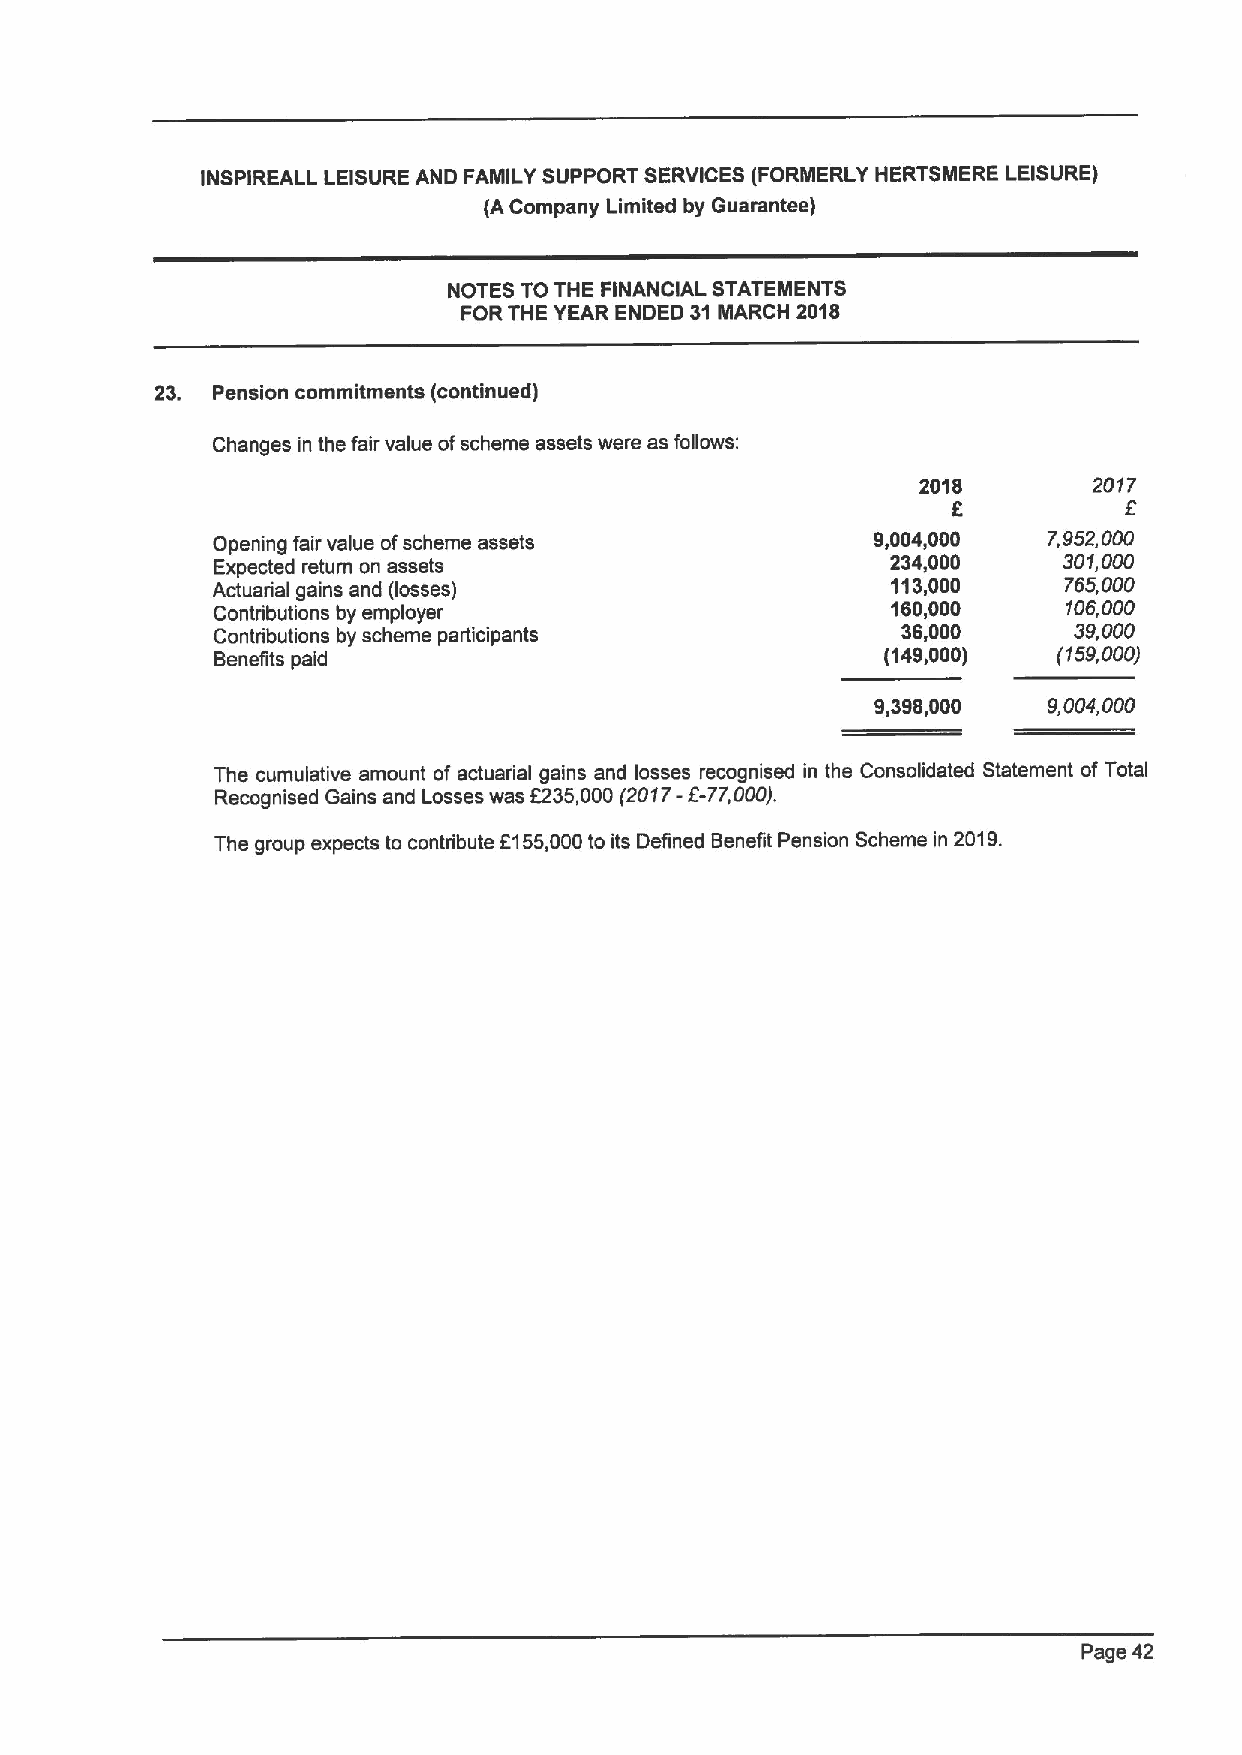
INSPIREALL LEISURE AND FAMILY SUPPORT SERVICES (FORNIERLY HERTSMERE LEISURE)
 (ACompany Limited by Guarantee)
 NOTES TOTHE FINANCIAL STATEMENTS
 FORTHE YEAR ENDED 31MARCH 2018
 23. Pension commitments (continued)
 Changes in the fair value ofscheme assets were as follows;
 2018       2017
 Opening fair value ofscheme assets          9,004,000  7,952,000
 Expected return on assets                    234,000    301,000
 Actuarial gains and (losses)                 113,000    765,000
 Contributions by employer
 160,000     106,000
 Contributions by scheme participants          36,000     39,000
 Benefits paid                                (149,000)  (159,000)
 9,396,000  9004 000
 The cumulative amount of actuarial gains and losses recognised in the Consolidated Statement of Total
 Recognised Gains and Losses was 6235,000(2017-E-77,000).
 The group expects to contribute F155,000to its Defined Benefit Pension Scheme in 2019.
 Page 42